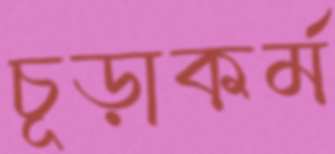
চূড়াকর্ম